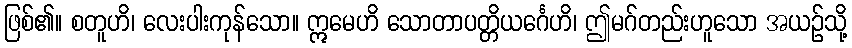
ဖြစ်၏။ စတူဟိ၊ လေးပါးကုန်သော။ ဣမေဟိ သောတာပတ္တိယင်္ဂေဟိ၊ ဤမဂ်တည်းဟူသော အယဉ်သို့